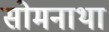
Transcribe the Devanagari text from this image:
सोमनाथा